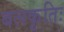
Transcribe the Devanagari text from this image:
बलकृतिः